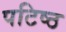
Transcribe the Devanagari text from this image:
पटिष्ठ